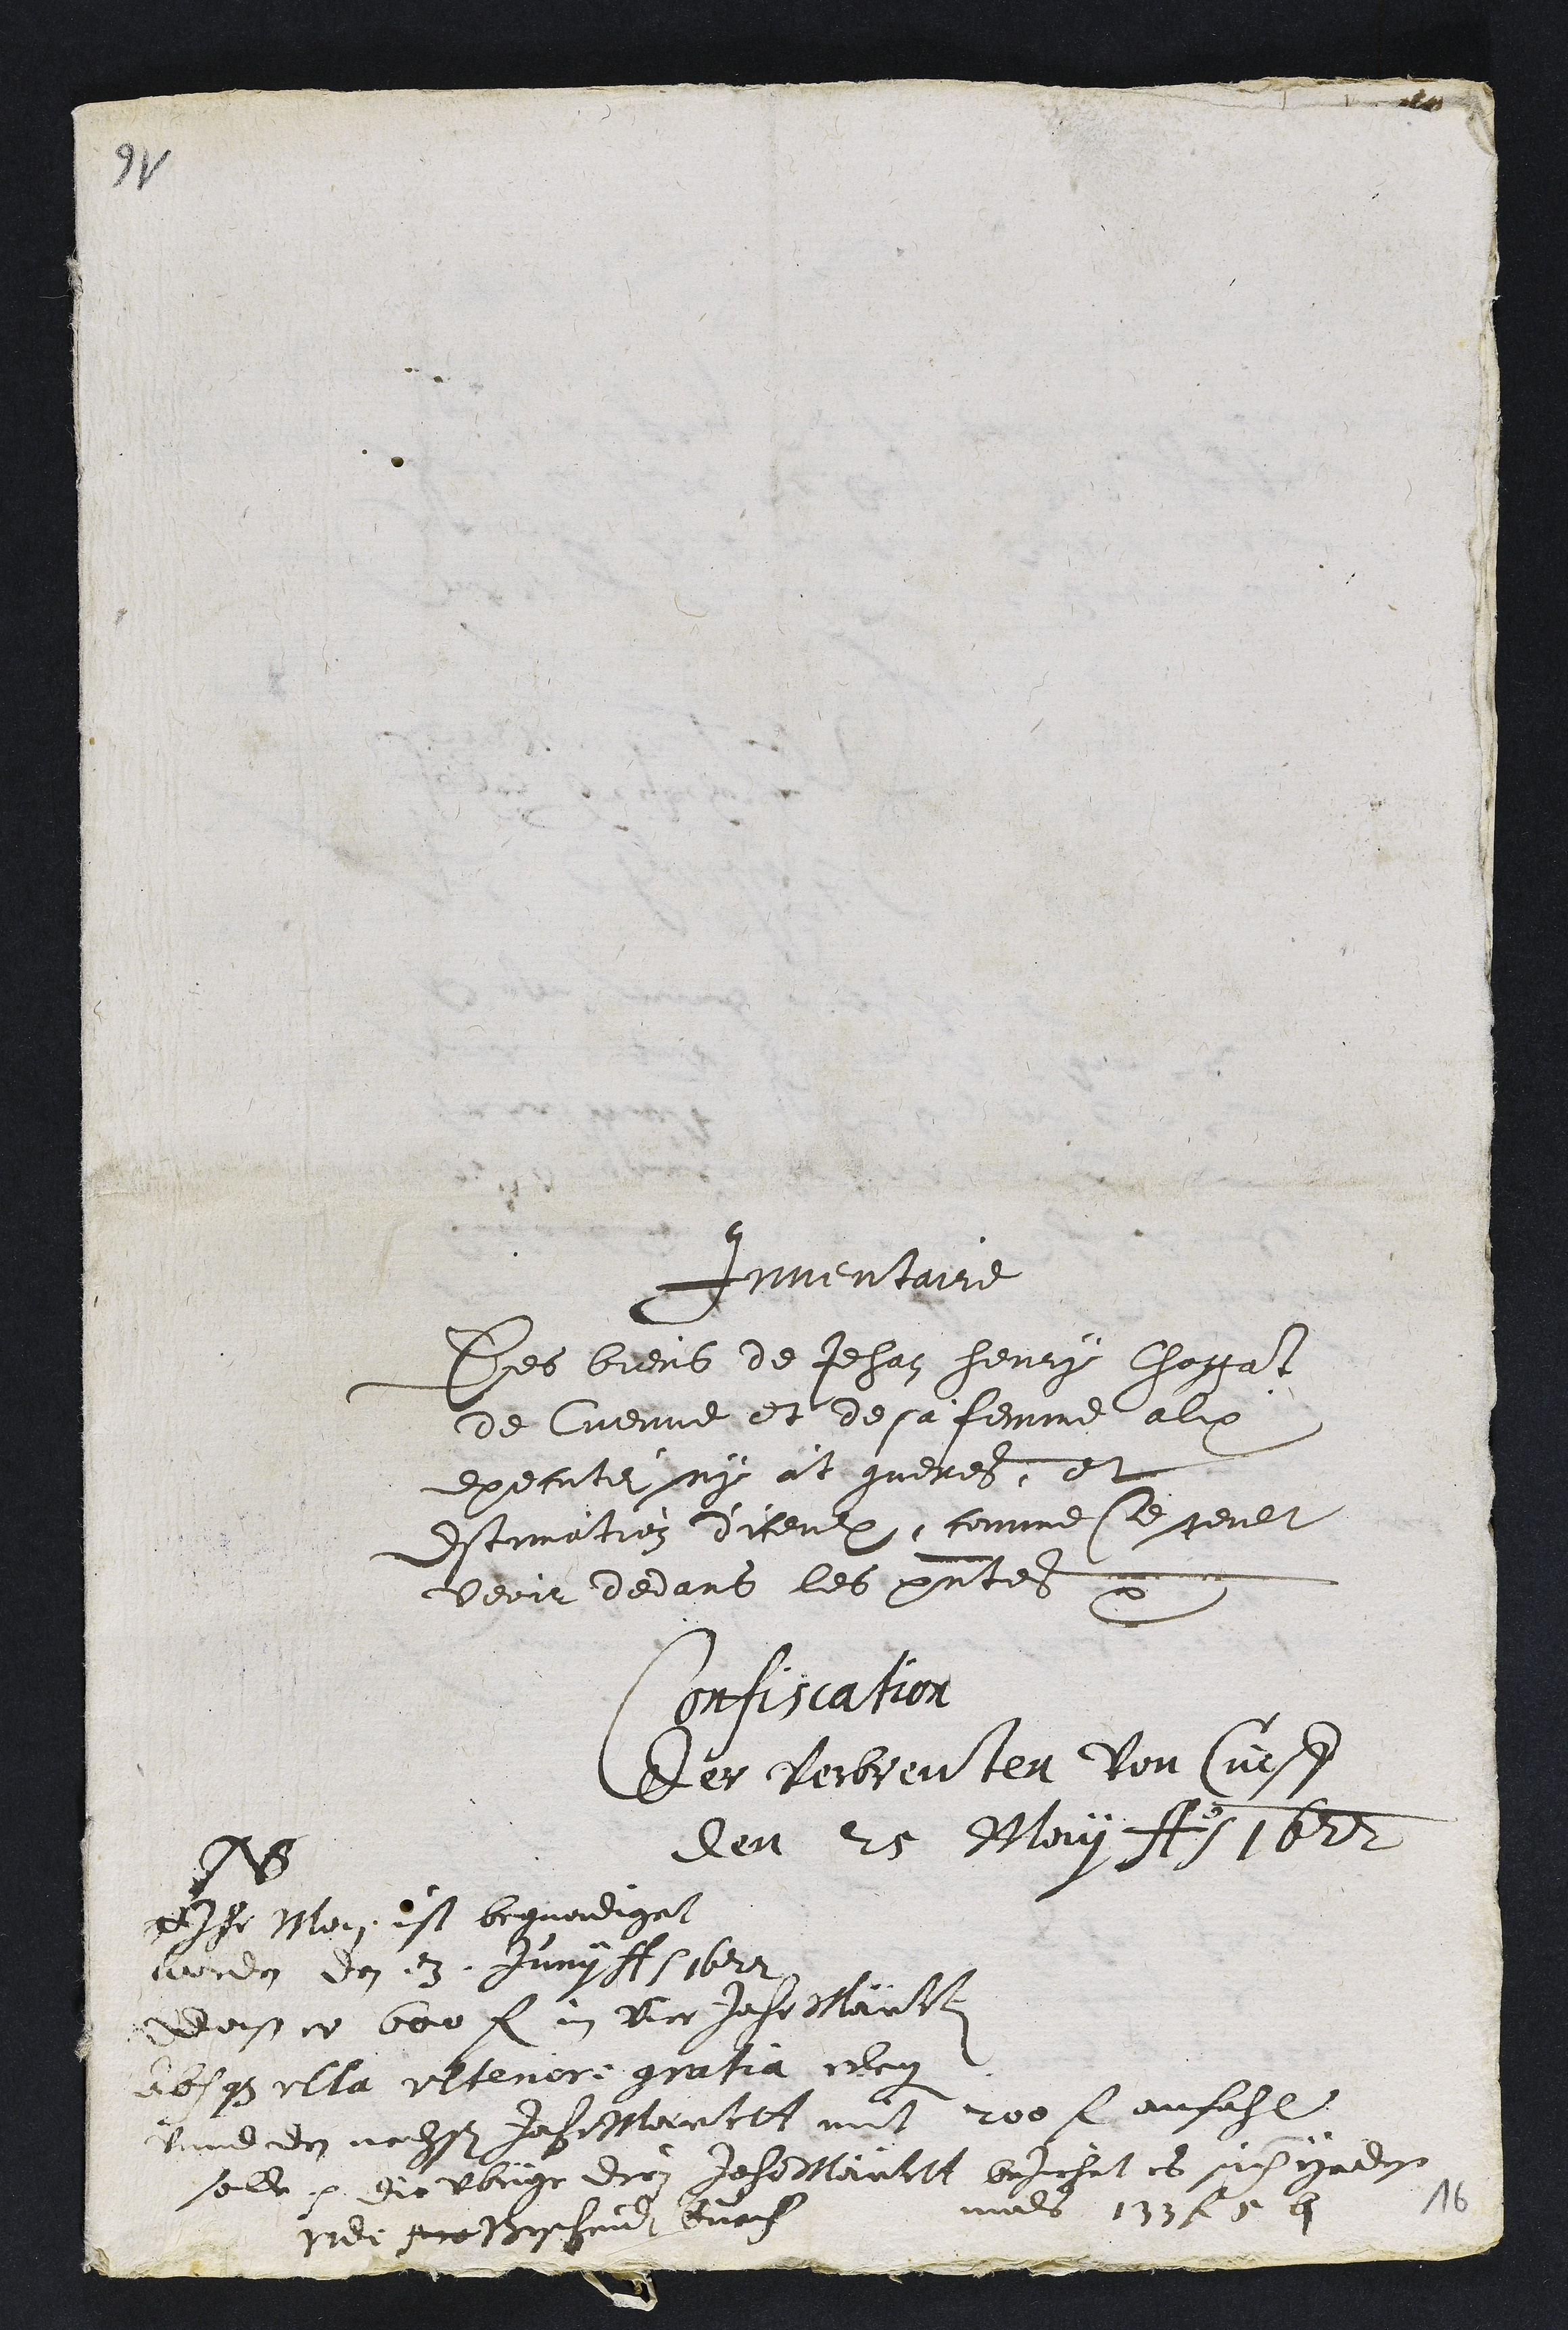
Cumentathe
Rhes bieub de Jehan hemig Chagatt
de Cueune et de sa femme alix
executer ny et gneres et
Estimutien diceut, comme se geult
veoir dedars les prsentel
defnabior
De Rerbievlla vould
deu le Iount
hB
pIhe Neni est boeuedigat
mien do etz Humyfoit
 dossce bor fui BaJeheNaust
dequlla ulnee guatia ceo
dune en nolsieu inhstantls nit 200 lenfuhl
sor pr diovung dio Jeheelaultt bechit et megadix
muls 1ys Le 9
mer fnBaerhin feai

16